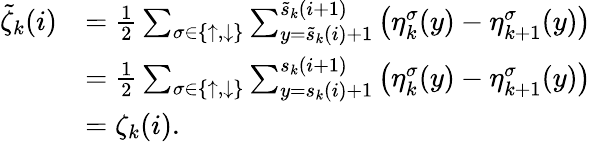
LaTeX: \begin{array}{rl}{\tilde{\zeta}_{k}(i)}&{=\frac{1}{2}\sum_{\sigma\in\{ \uparrow,\downarrow\} }\sum_{y=\tilde{s}_{k}(i)+1}^{\tilde{s}_{k}(i+1)}\left(\eta_{k}^{\sigma}(y)-\eta_{k+1}^{\sigma}(y)\right)}\\ &{=\frac{1}{2}\sum_{\sigma\in\{ \uparrow,\downarrow\} }\sum_{y=s_{k}(i)+1}^{s_{k}(i+1)}\left(\eta_{k}^{\sigma}(y)-\eta_{k+1}^{\sigma}(y)\right)}\\ &{=\zeta_{k}(i).}\end{array}